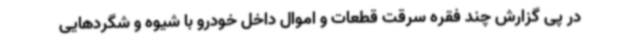
در پی گزارش چند فقره سرقت قطعات و اموال داخل خودرو با شیوه و شگردهایی